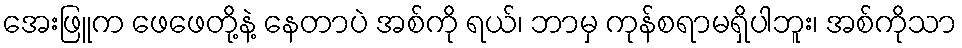
အေးဖြူက ဖေဖေတို့နဲ့ နေတာပဲ အစ်ကို ရယ်၊ ဘာမှ ကုန်စရာမရှိပါဘူး၊ အစ်ကိုသာ